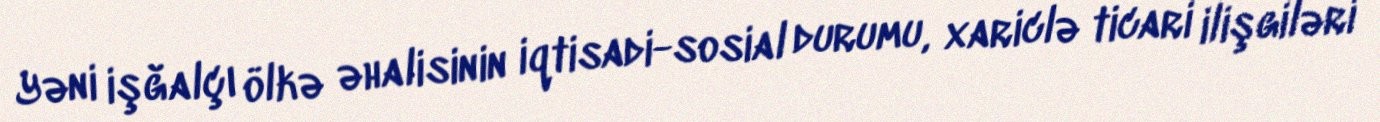
Yəni işğalçı ölkə əhalisinin iqtisadi-sosial durumu, xariclə ticari ilişgiləri